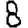
Digit: 8